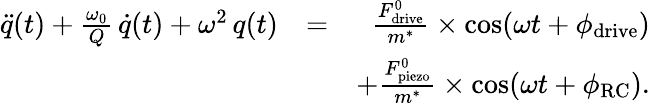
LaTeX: \begin{array}{rlr}{\ddot{q}(t)+\frac{\omega_{0}}{Q}\, \dot{q}(t)+\omega^{2}\, q(t)}&{=}&{\frac{F_{\mathrm{drive}}^{0}}{m^{*}}\times\cos(\omega t+\phi_{\mathrm{drive}})}\\ &{}&{+\frac{F_{\mathrm{piezo}}^{0}}{m^{*}}\times\cos(\omega t+\phi_{\mathrm{RC}}).}\end{array}